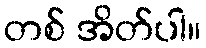
တစ် အိတ်ပါ။